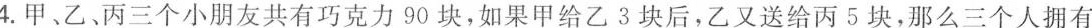
4.甲、乙、丙三个小朋友共有巧克力90块，如果甲给乙3块后，乙又送给丙5块，那么三个人拥有